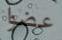
عضوا